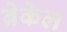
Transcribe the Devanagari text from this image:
ब्रेकेल